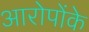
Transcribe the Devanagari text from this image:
आरोपोंके